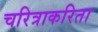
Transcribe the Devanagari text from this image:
चरित्राकरिता